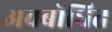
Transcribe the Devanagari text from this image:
अवबोधित